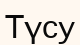
Түсу